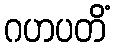
ဂဟပတိံ